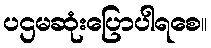
ပဌမဆုံးပြောပါရစေ။